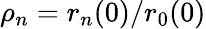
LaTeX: \rho_{n}=r_{n}(0)/r_{0}(0)